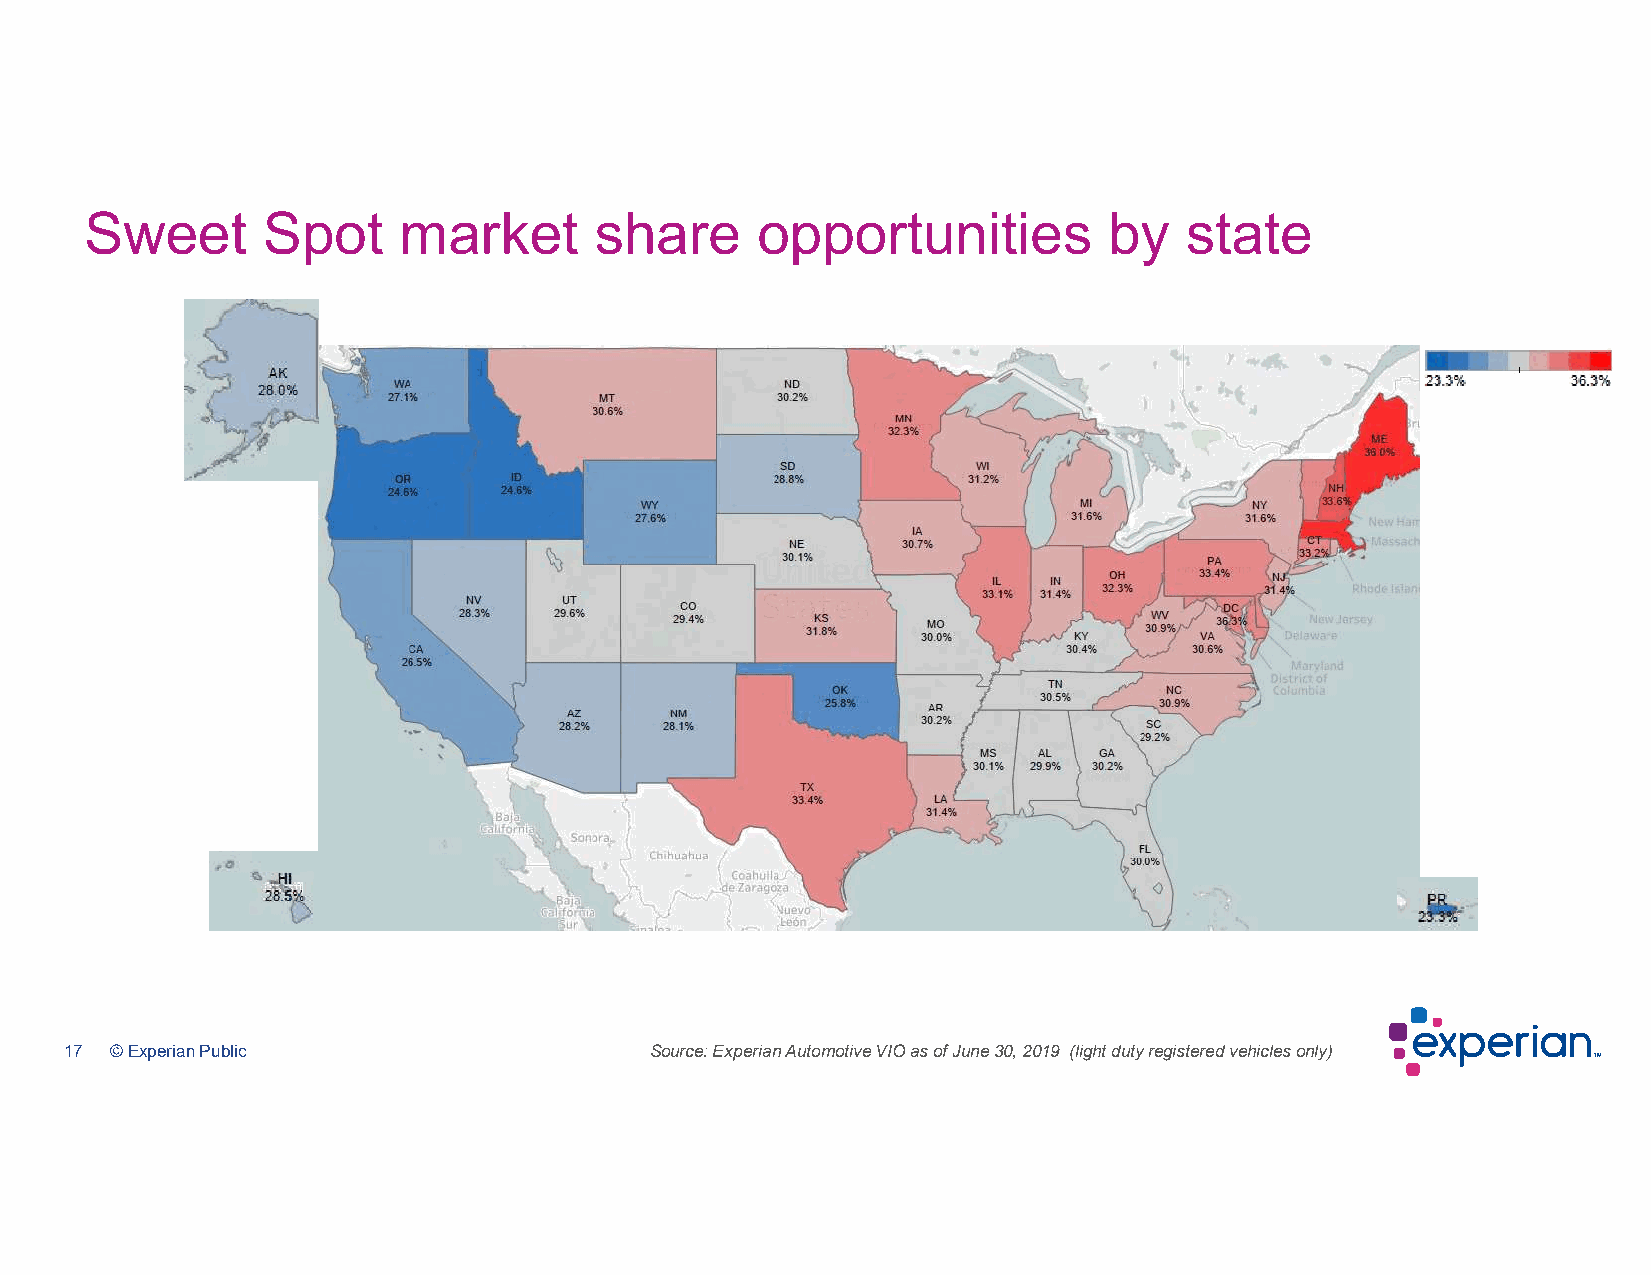
Sweet      Spot     market       share      opportunities          by   state
 17 © Experian Public                   Source: Experian Automotive VIO as of June 30, 2019 (light duty registered vehicles only)